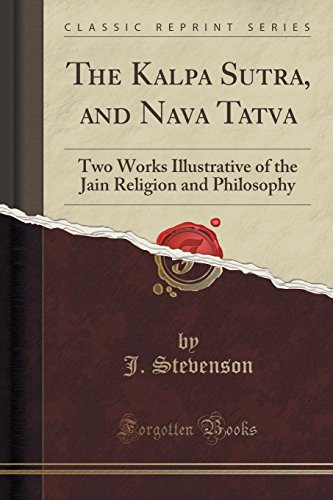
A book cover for The Kalpa Sutra, and Nava Tatva: Two Works Illustrative of the Jain Religion and Philosophy (Classic Reprint); J. Stevenson; Religion & Spirituality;